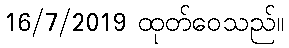
16/7/2019 ထုတ်ဝေသည်။